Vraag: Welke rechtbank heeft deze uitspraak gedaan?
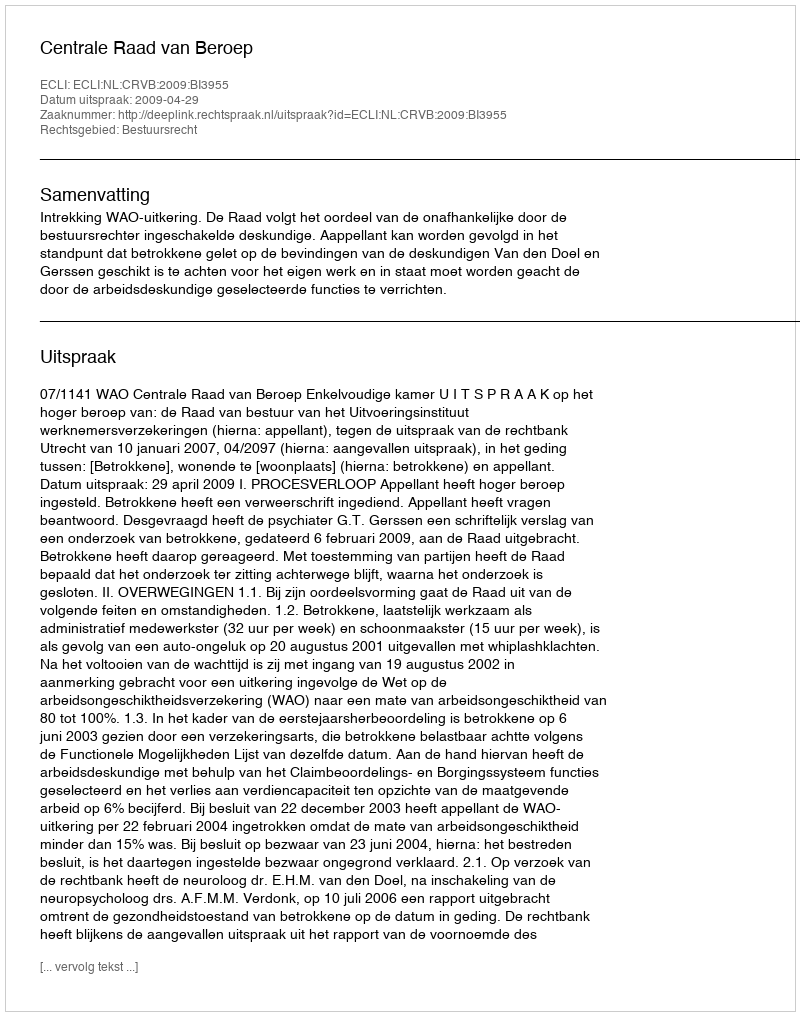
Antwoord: Centrale Raad van Beroep